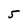
Character: 5